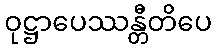
ဝုဋ္ဌာပေဿန္တီတိပေ